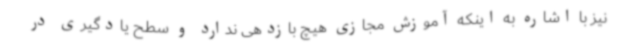
نیز با اشاره به اینکه آموزش مجازی هیچ بازدهی ندارد و سطح یادگیری در